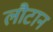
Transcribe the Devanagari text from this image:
लौटान